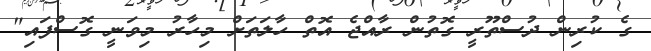
ގެ ކުރިން ދުސްތޫރީ ގޮތުން ރާއްޖެ އޮތް ހާލަތަށް މިހާރު މިވަނީ ގޮސްފައި"